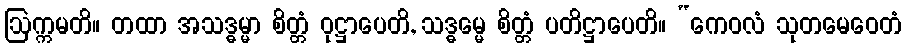
ဩက္ကမတိ။ တထာ အသဒ္ဓမ္မာ စိတ္တံ ဝုဋ္ဌာပေတိ, သဒ္ဓမ္မေ စိတ္တံ ပတိဋ္ဌာပေတိ။ “ကေဝလံ သုတမေဝေတံ